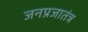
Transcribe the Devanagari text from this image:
जनप्रजातंत्र